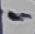
Text: -